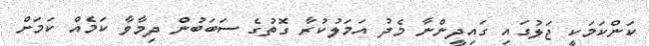
ކަންކަމަކީ ޖަލުގައި ގައިދީންނާ މެދު އަމަލުކުރާ ގޮތުގެ ސަބަބުން ދިމާވާ ކަމެއް ކަމަށް